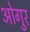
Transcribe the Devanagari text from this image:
ओगुर